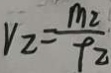
V _ { 2 } = \frac { m _ { 2 } } { P _ { 2 } }